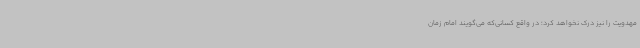
مهدویت را نیز درک نخواهد کرد؛ در واقع کسانی‌که می‌گویند امام زمان